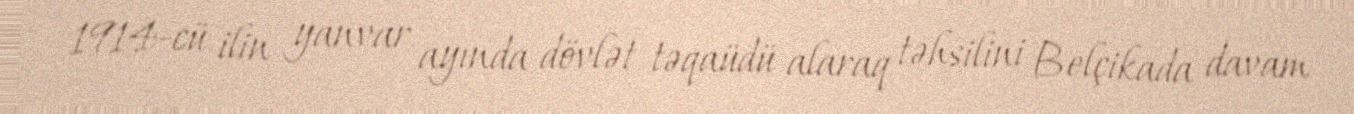
1914-cü ilin yanvar ayında dövlət təqaüdü alaraq təhsilini Belçikada davam